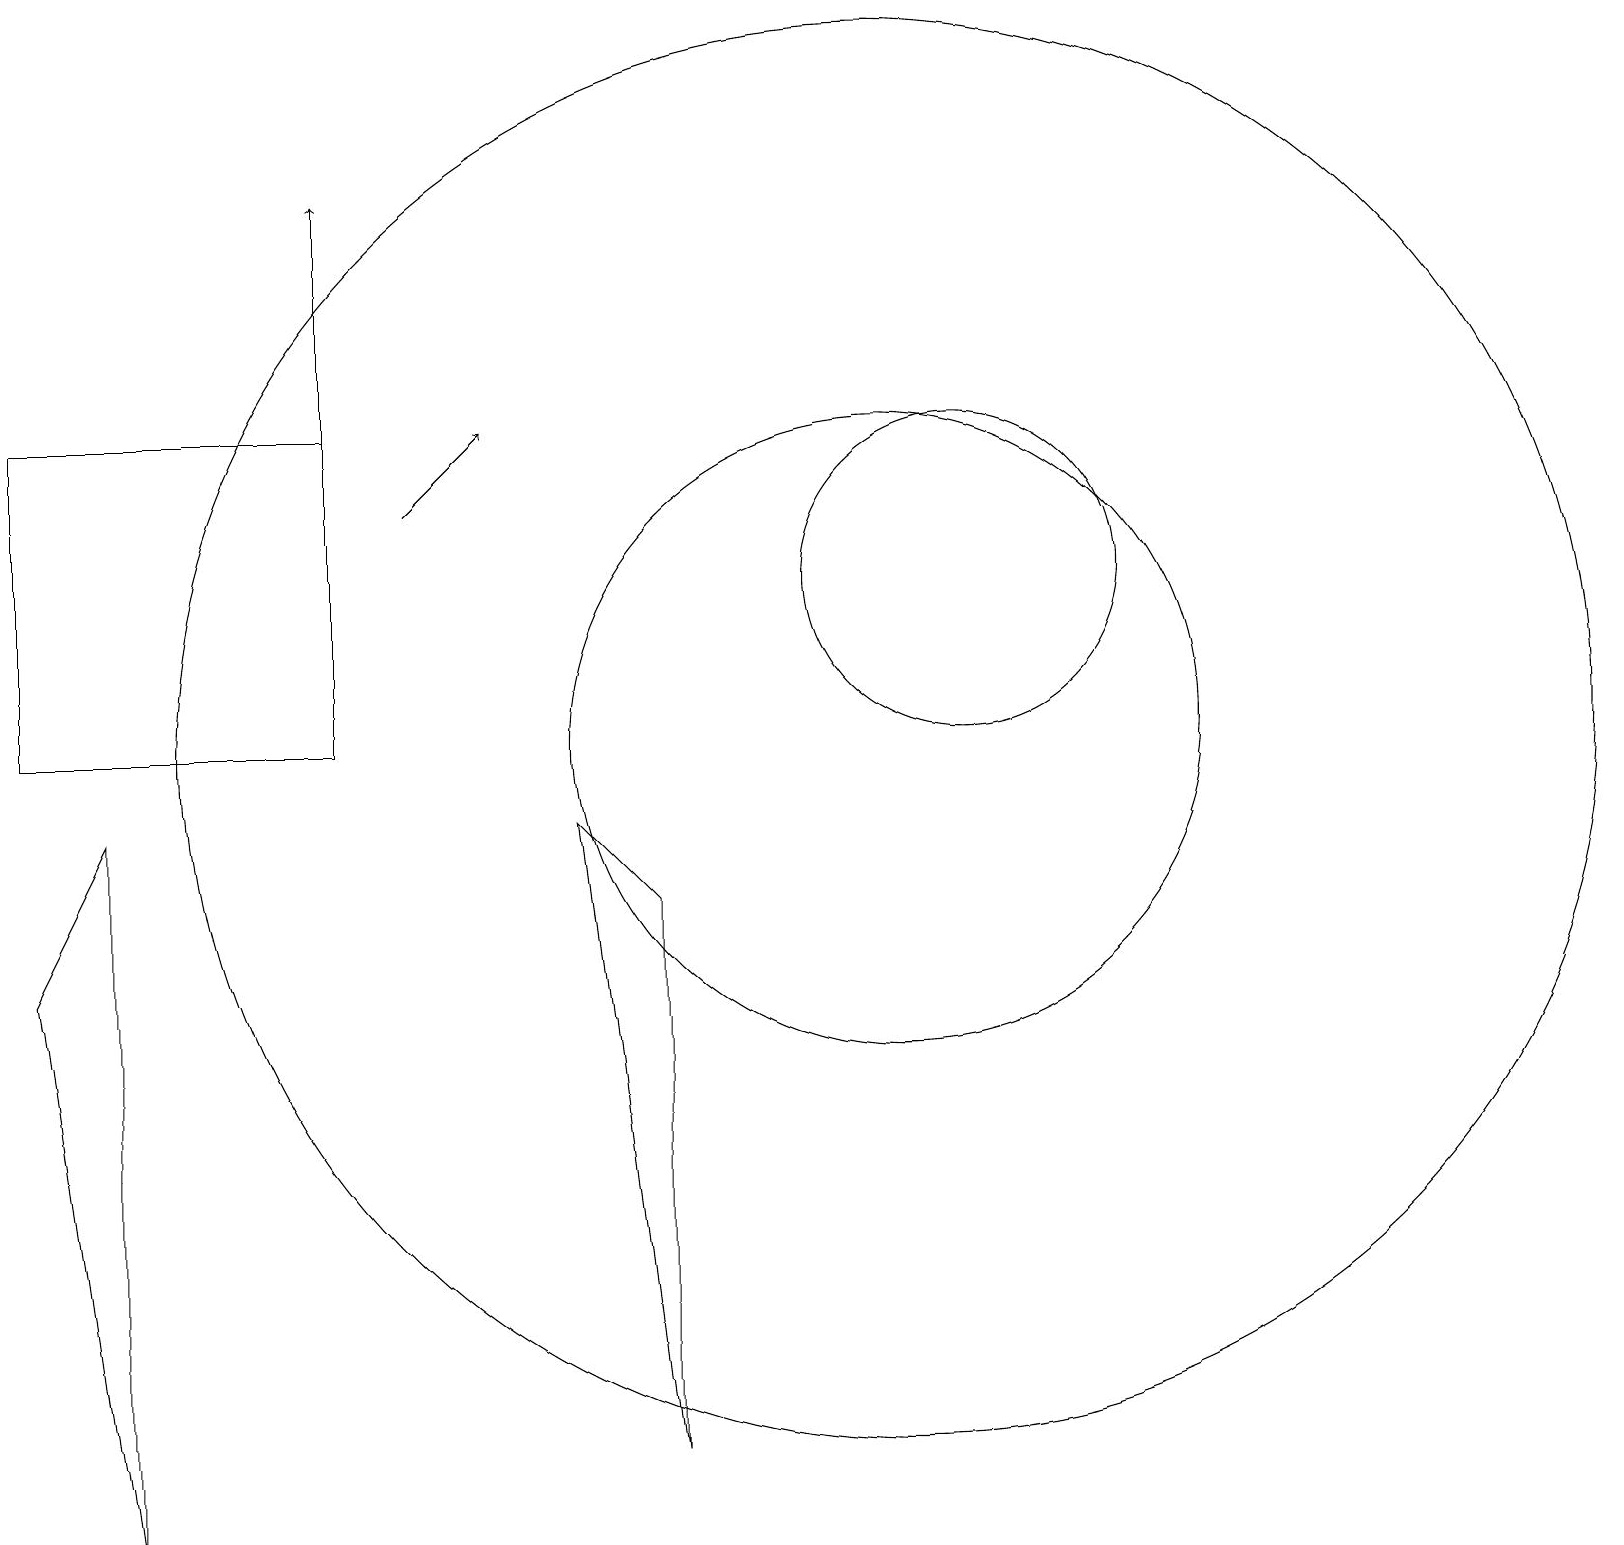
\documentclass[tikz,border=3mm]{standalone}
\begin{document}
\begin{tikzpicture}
\draw (1,0) -- (1,9) -- (0,7) -- cycle;
\draw[->] (5,13) -- (6,14);
\draw (11,10) circle (9);
\draw (0,10) rectangle (4,14);
\draw[->] (4,10) -- (4,17);
\draw (12,12) circle (2);
\draw (11,10) circle (4);
\draw (8,1) -- (7,9) -- (8,8) -- cycle;
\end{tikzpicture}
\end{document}